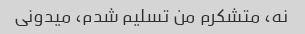
نه، متشکرم من تسلیم شدم، میدونی